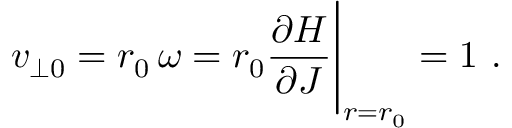
v _ { \perp 0 } = r _ { 0 } \, \omega = r _ { 0 } { \frac { \partial H } { \partial J } } \Bigg | _ { r = r _ { 0 } } = 1 \ .